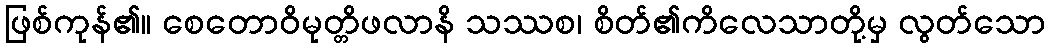
ဖြစ်ကုန်၏။ စေတောဝိမုတ္တိဖလာနိ သဿစ၊ စိတ်၏ကိလေသာတို့မှ လွတ်သော